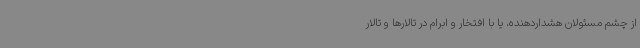
از چشم مسئولان هشداردهنده، یا با افتخار و ابرام در تالارها و تالار